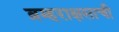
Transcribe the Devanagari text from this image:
ब्रम्हराक्षसाची